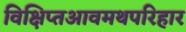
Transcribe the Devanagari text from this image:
विक्षिप्तआवमथपरिहार